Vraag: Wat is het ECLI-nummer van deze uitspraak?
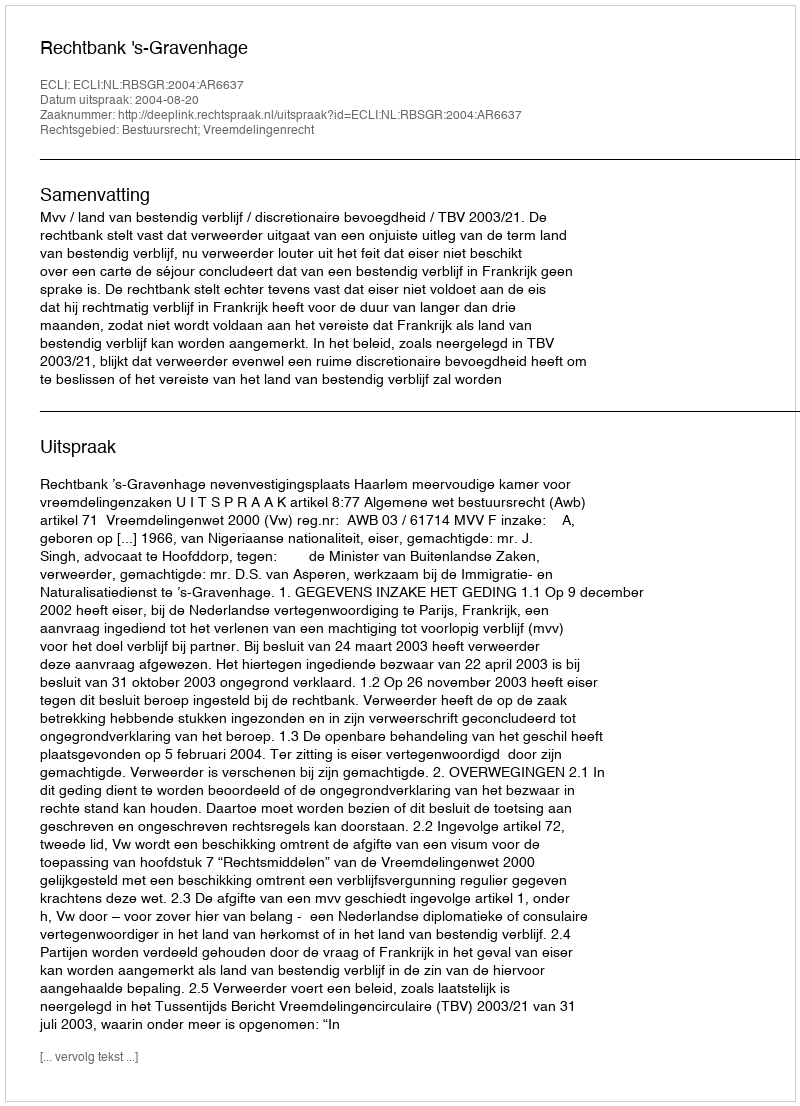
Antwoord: ECLI:NL:RBSGR:2004:AR6637